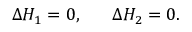
\Delta H _ { 1 } = 0 , ~ ~ ~ ~ ~ \Delta H _ { 2 } = 0 .